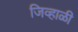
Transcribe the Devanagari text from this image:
जिव्हाळी